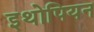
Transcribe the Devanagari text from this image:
इथोपियन